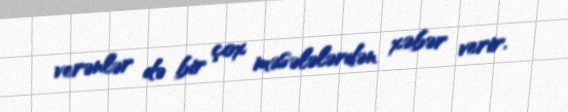
verənlər də bir çox məsələlərdən xəbər verir.